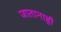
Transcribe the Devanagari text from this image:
जातानाही